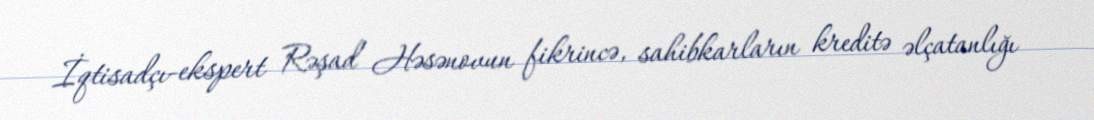
İqtisadçı-ekspert Rəşad Həsənovun fikrincə, sahibkarların kreditə əlçatanlığı